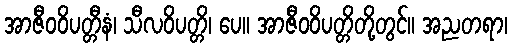
အာဇီဝဝိပတ္တီနံ၊ သီလဝိပတ္တိ၊ ပေ။ အာဇီဝဝိပတ္တိတို့တွင်။ အညတရာ၊